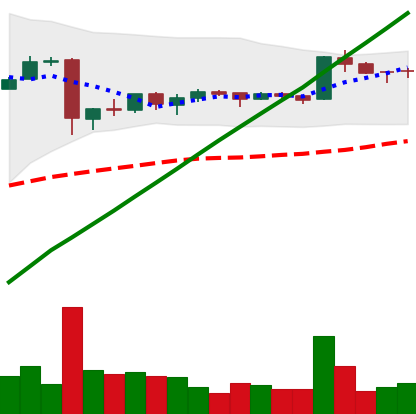
Ticker: BTC-USD
Chart end date: 2016-01-11
Forward return: -13.579%
Label: down_7plus